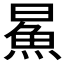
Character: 𬵅